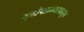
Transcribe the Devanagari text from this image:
गुढीपाडव्यापासून